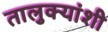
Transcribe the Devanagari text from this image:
तालुक्यांशी